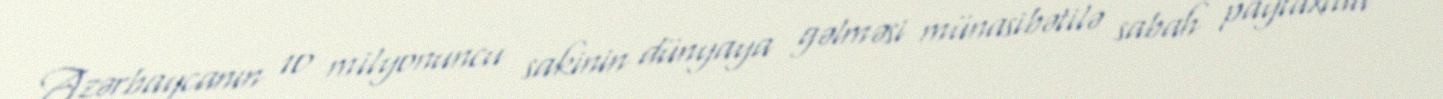
Azərbaycanın 10 milyonuncu sakinin dünyaya gəlməsi münasibətilə sabah paytaxtda